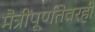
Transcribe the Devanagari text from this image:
मैत्रीपूर्णतेवरही